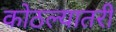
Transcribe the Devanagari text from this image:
कोठल्यातरी